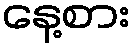
နေ့စား